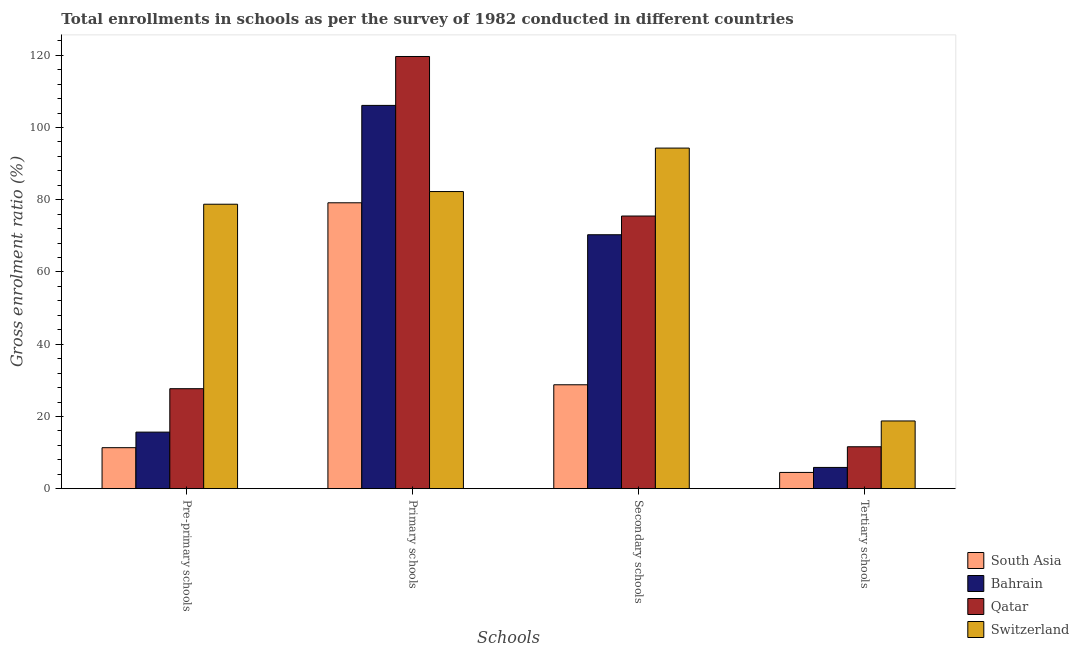
| Schools | South Asia | Bahrain | Qatar | Switzerland |
 | --- | --- | --- | --- | --- |
 | Pre-primary schools | 11.4 | 15.7 | 27.7 | 78.8 |
 | Primary schools | 79.2 | 106 | 120 | 82.3 |
 | Secondary schools | 28.8 | 70.3 | 75.5 | 94.3 |
 | Tertiary schools | 4.5 | 5.88 | 11.6 | 18.8 |